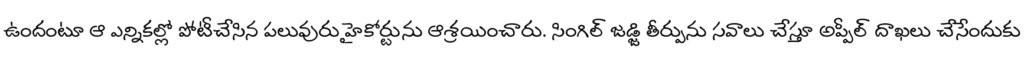
ఉందంటూ ఆ ఎన్నికల్లో పోటీచేసిన పలువురు హైకోర్టును ఆశ్రయించారు. సింగిల్ జడ్జి తీర్పును సవాలు చేస్తూ అప్పీల్ దాఖలు చేసేందుకు